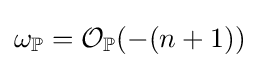
\omega _{\mathbb {P} }={\mathcal {O}}_{\mathbb {P} }(-(n+1))